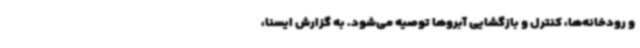
و رودخانه‌ها، کنترل و بازگشایی آبروها توصیه می‌شود. به گزارش ایسنا،